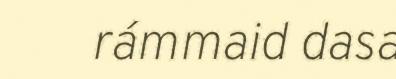
rámmaid dasa